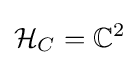
{\mathcal {H}}_{C}=\mathbb {C} ^{2}